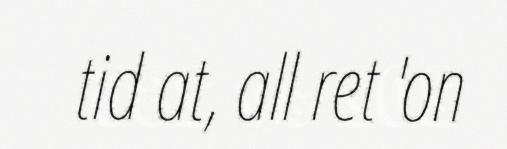
tid at, all ret 'on